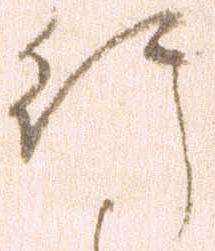
行